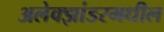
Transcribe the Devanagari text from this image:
अलेक्झांडरमधील